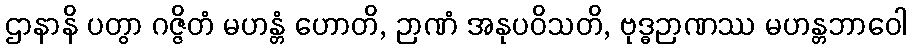
ဌာနာနိ ပတွာ ဂဇ္ဇိတံ မဟန္တံ ဟောတိ, ဉာဏံ အနုပဝိသတိ, ဗုဒ္ဓဉာဏဿ မဟန္တဘာဝေါ